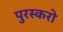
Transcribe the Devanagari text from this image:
पुरस्करो